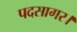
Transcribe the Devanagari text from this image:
पदसागर।